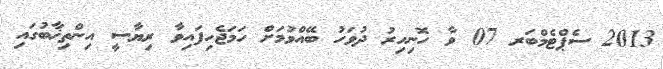
2013 ސެޕްޓެމްބަރ 07 ވާ ހޮނިހިރު ދުވަހު ބޭއްވުމަށް ހަމަޖެހިފައިވާ ރިޔާސީ އިންތިޚާބުގައި